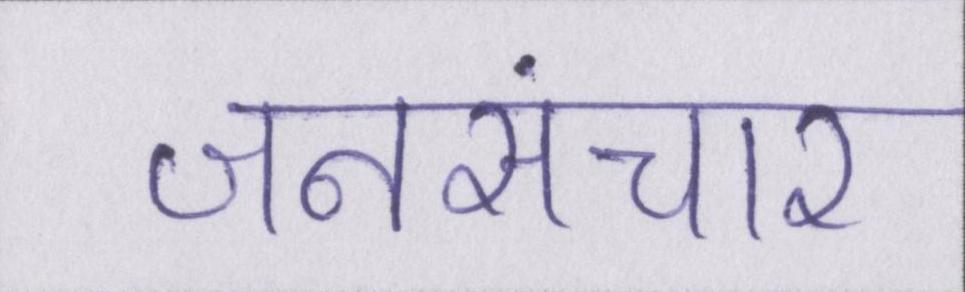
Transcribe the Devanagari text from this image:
जनसंचार